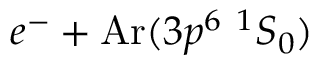
e ^ { - } + \mathrm { A r } ( 3 p ^ { 6 } \ ^ { 1 } S _ { 0 } )